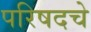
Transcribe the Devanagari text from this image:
परिषदचे